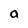
Character: a